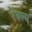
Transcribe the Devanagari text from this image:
रॆयल्म